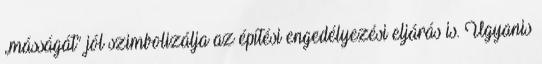
„másságát” jól szimbolizálja az építési engedélyezési eljárás is. Ugyanis